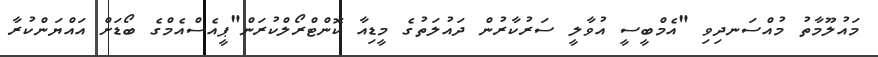
މައުލޫމާތު މުއްސަނދިވި "އެމްބީސީ އުވާލީ ސަރުކާރުން ދައުލަތުގެ މީޑިއާ ކޮންޓްރޯލްކުރަން"ޕީއެސްއެމްގެ ބޯޑަށް އައްޔަންކުރާ